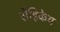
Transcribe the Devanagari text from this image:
रौहिकेय